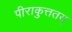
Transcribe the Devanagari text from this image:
पीराकुत्ततय्